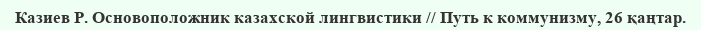
Казиев Р. Основоположник казахской лингвистики // Путь к коммунизму, 26 қаңтар.